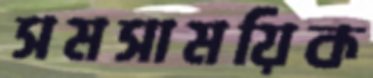
সমসাময়িক